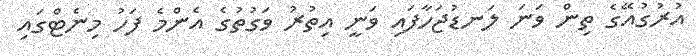
އުރުގުއޭގެ ތިން ވަނަ ލަނޑުޖަހާފައި ވަނީ އިތުރު ވަގުތުގެ އެންމެ ފަހު މިނެޓްގައި